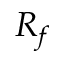
R _ { f }